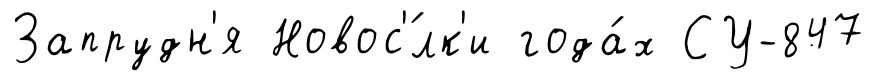
Запрудн'я Новос'́лк'и года́х СУ-847